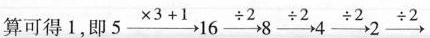
算可得1，即$$5 \xrightarrow { \times 3 + 1 } 1 6 \xrightarrow { \div 2 } 8 \xrightarrow { \div 2 } 4 \xrightarrow { \div 2 } 2 \xrightarrow { \div 2}